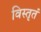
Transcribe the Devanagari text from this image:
विस्तृतं